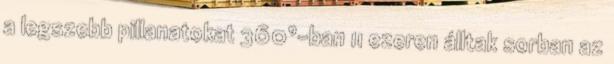
a legszebb pillanatokat 360°-ban 11 ezeren álltak sorban az